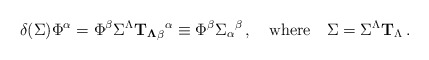
\begin{align*}\delta(\Sigma) \Phi^\alpha = \Phi^\beta \Sigma^\Lambda{\bf T_\Lambda}_\beta{}^\alpha \equiv \Phi^\beta\Sigma_\alpha{}^\beta\,,\quad \mbox{where}\quad \Sigma = \Sigma^\Lambda{\bf T}_\Lambda\,.\end{align*}